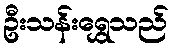
ဦးသန်းရွှေသည်